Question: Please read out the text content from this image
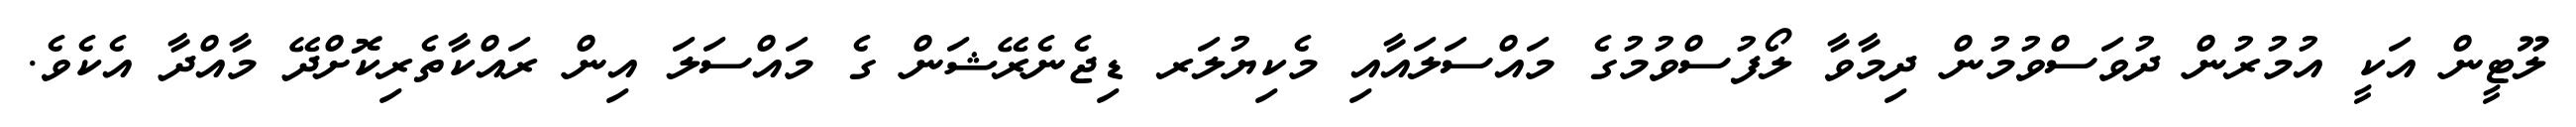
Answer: ލޫޓީން އަކީ އުމުރުން ދުވަސްވުމުން ދިމާވާ ލޯފުސްވުމުގެ މައްސަލައާއި މެކިޔުލަރ ޑިޖެނެރޭޝަން ގެ މައްސަލަ އިން ރައްކާތެރިކޮށްދޭ މާއްދާ އެކެވެ.